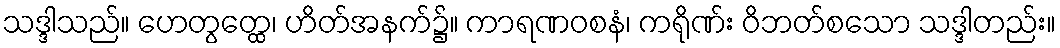
သဒ္ဒါသည်။ ဟေတွတ္ထေ၊ ဟိတ်အနက်၌။ ကာရဏဝစနံ၊ ကရိုဏ်း ဝိဘတ်စသော သဒ္ဒါတည်း။